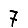
Digit: 7